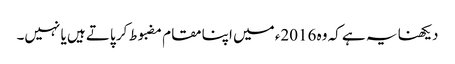
دیکھنا یہ ہے کہ وہ 2016ء میں اپنا مقام مضبوط کر پاتے ہیں یا نہیں۔